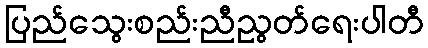
ပြည်သွေးစည်းညီညွတ်ရေးပါတီ